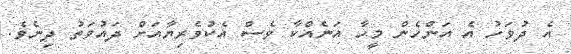
އެ ދުވަހު އެ އަންހެން މީހާ އަނެއްކާ ވެސް އެކުވެރިޔާއަށް ދައުވަތު ދިނެވެ.